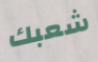
شعبك